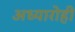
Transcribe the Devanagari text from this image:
अध्यारोही